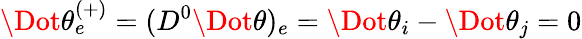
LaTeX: \Dot{\theta}_{e}^{(+)}=(D^{0}\Dot{\theta})_{e}=\Dot{\theta}_{i}-\Dot{\theta}_{j}=0